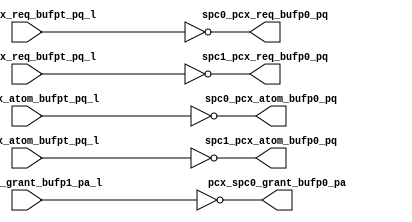
module pcx_buf_p0(/*AUTOARG*/
   // Outputs
   pcx_spc0_grant_bufp0_pa, spc0_pcx_req_bufp0_pq, 
   spc0_pcx_atom_bufp0_pq, spc1_pcx_req_bufp0_pq, 
   spc1_pcx_atom_bufp0_pq, 
   // Inputs
   spc0_pcx_req_bufpt_pq_l, spc0_pcx_atom_bufpt_pq_l, 
   spc1_pcx_req_bufpt_pq_l, spc1_pcx_atom_bufpt_pq_l, 
   pcx_spc0_grant_bufp1_pa_l
   );
   
   output [4:0]		pcx_spc0_grant_bufp0_pa;
   output [4:0]		spc0_pcx_req_bufp0_pq;	
   output 		spc0_pcx_atom_bufp0_pq;	
   output [4:0]		spc1_pcx_req_bufp0_pq;	
   output 		spc1_pcx_atom_bufp0_pq;	
   
   
   input [4:0]		spc0_pcx_req_bufpt_pq_l;	
   input 		spc0_pcx_atom_bufpt_pq_l;	
   input [4:0]		spc1_pcx_req_bufpt_pq_l;	
   input 		spc1_pcx_atom_bufpt_pq_l;	
   input [4:0]		pcx_spc0_grant_bufp1_pa_l;
   


   assign 		spc0_pcx_req_bufp0_pq[4:0]		=        ~spc0_pcx_req_bufpt_pq_l[4:0];
   assign 		spc0_pcx_atom_bufp0_pq			=        ~spc0_pcx_atom_bufpt_pq_l;
   assign               pcx_spc0_grant_bufp0_pa                 =        ~pcx_spc0_grant_bufp1_pa_l;
   
   assign 		spc1_pcx_req_bufp0_pq[4:0]		=        ~spc1_pcx_req_bufpt_pq_l[4:0];
   assign 		spc1_pcx_atom_bufp0_pq			=        ~spc1_pcx_atom_bufpt_pq_l;
								
endmodule